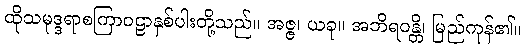
ထိုသမုဒ္ဒရာစကြာဝဠာနှစ်ပါးတို့သည်။ အဇ္ဇ၊ ယခု။ အဘိရဝန္တိ၊ မြည်ကုန်၏။